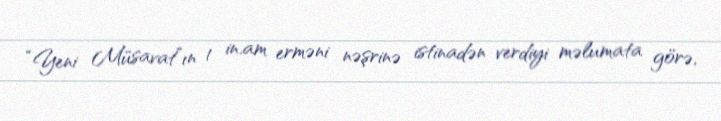
“Yeni Müsavat”ın 1 in.am erməni nəşrinə istinadən verdiyi məlumata görə,